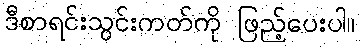
ဒီစာရင်းသွင်းကတ်ကို ဖြည့်ပေးပါ။